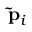
\mathbf { \tilde { p } } _ { i }